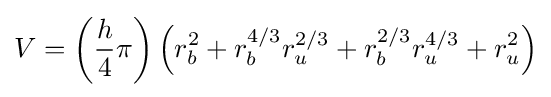
V=\left({\frac {h}{4}}\pi \right)\left(r_{b}^{2}+r_{b}^{4/3}r_{u}^{2/3}+r_{b}^{2/3}r_{u}^{4/3}+r_{u}^{2}\right)